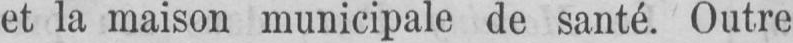
et la maison municipale de santé. Outre